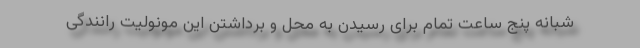
شبانه پنج ساعت تمام برای رسیدن به محل و برداشتن این مونولیت رانندگی